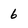
Character: 6